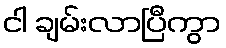
ငါ ချမ်းလာပြီကွာ